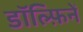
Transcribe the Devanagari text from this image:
डॉल्फ़िनें